255_413270_UFO's_and_Defense_What_Should_we_Prepare_For
Agency: NASA
Page 37
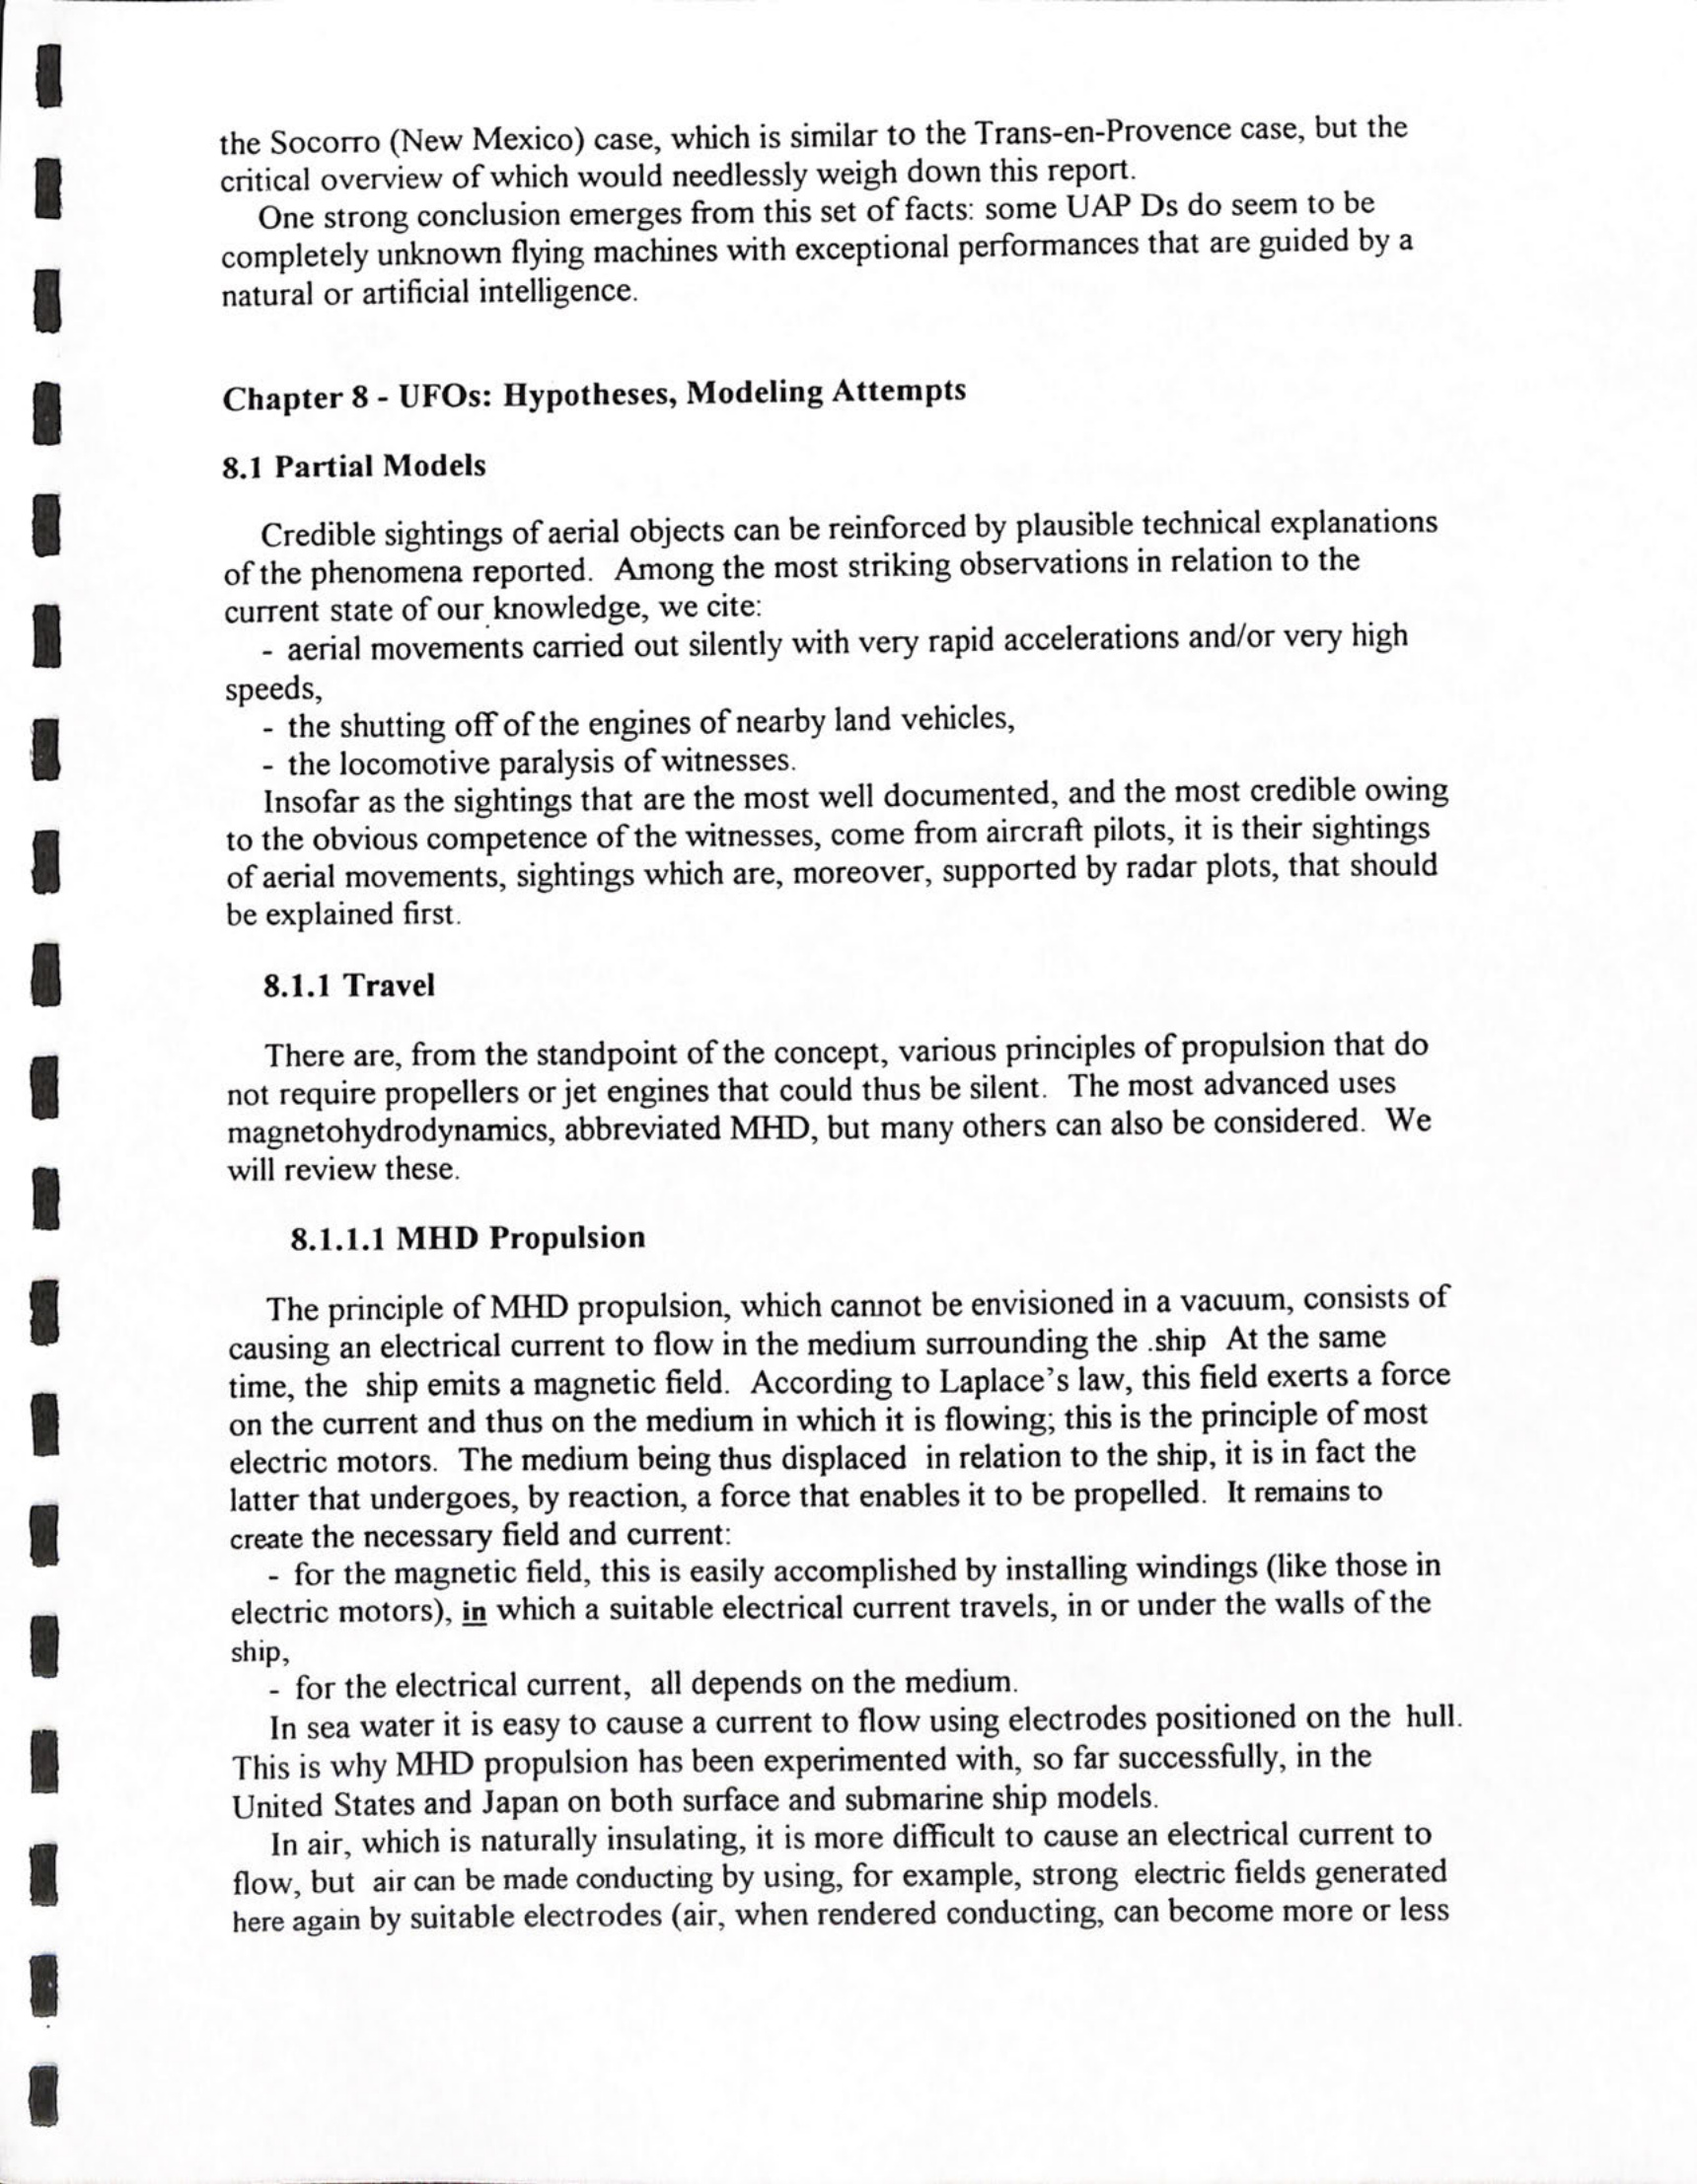